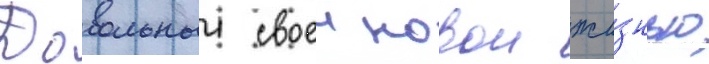
Довольныи своеи новои жи́знью